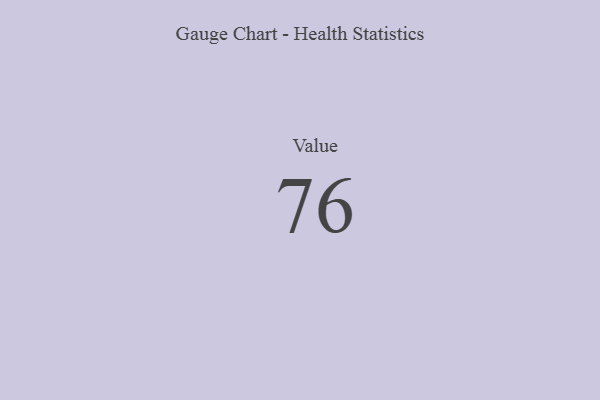
{"axis": {"x": "Metric", "y": "Value"}, "legend": [""], "data": [{"x": "Value", "y": 76, "type": ""}]}